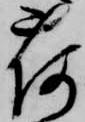
荷